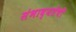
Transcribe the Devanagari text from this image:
संभाव्यतेची